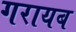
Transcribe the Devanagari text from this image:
गरायब